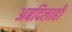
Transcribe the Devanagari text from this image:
अबदिलाही